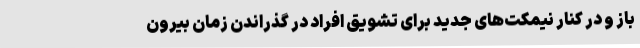
باز و در کنار نیمکت‌های جدید برای تشویق افراد در گذراندن زمان بیرون